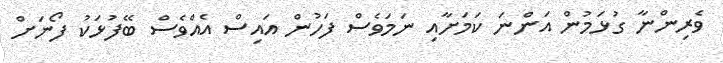
ވެރިންނާ ގުޅަމުން އަންނަ ކަމަށާއި ނަމަވެސް ފަހުން އައިސް އެއްވެސް ބޭފުޅަކު ފޯނަށް